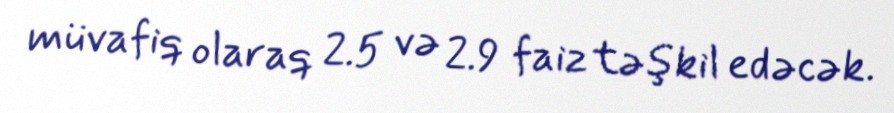
müvafiq olaraq 2.5 və 2.9 faiz təşkil edəcək.